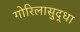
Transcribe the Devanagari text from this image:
गोरिलासुद्धा